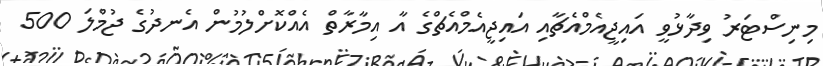
މިނިސްޓަރު ވިދާޅުވީ އައިޖީއެމްއެޗާއި އައިޖީއެމްއެޗްގެ އާ އިމާރާތް އެއްކޮށްލުމުން އެނދުގެ ޖުމްލަ 500